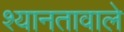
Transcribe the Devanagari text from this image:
श्यानतावाले